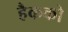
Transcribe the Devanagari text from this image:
हैकको